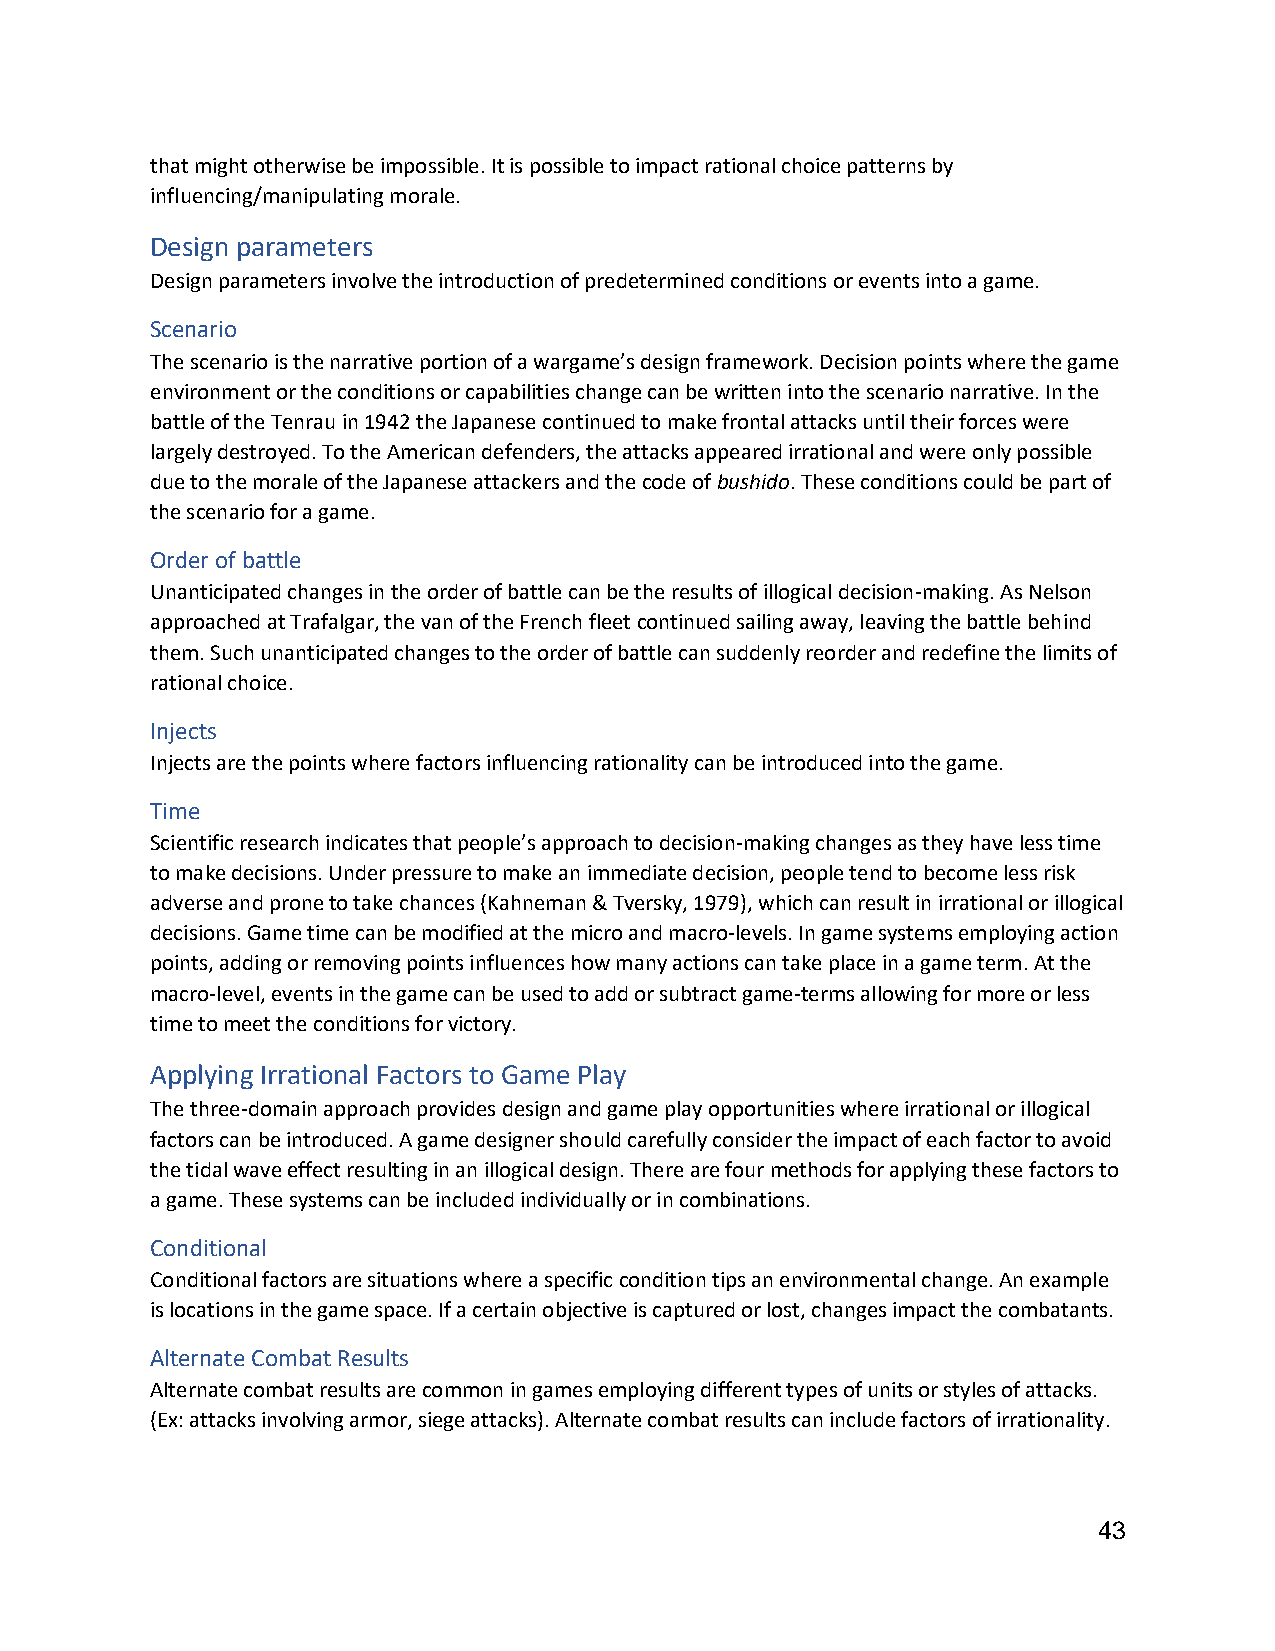
that might otherwise be impossible. It is possible to impact rational choice patterns by
 influencing/manipulating morale.
 Design parameters
 Design parameters involve the introduction of predetermined conditions or events into a game.
 Scenario
 The scenario is the narrative portion of a wargame’s design framework. Decision points where the game
 environment or the conditions or capabilities change can be written into the scenario narrative. In the
 battle of the Tenrau in 1942 the Japanese continued to make frontal attacks until their forces were
 largely destroyed. To the American defenders, the attacks appeared irrational and were only possible
 due to the morale of the Japanese attackers and the code of bushido. These conditions could be part of
 the scenario for a game.
 Order of battle
 Unanticipated changes in the order of battle can be the results of illogical decision-making. As Nelson
 approached at Trafalgar, the van of the French fleet continued sailing away, leaving the battle behind
 them. Such unanticipated changes to the order of battle can suddenly reorder and redefine the limits of
 rational choice.
 Injects
 Injects are the points where factors influencing rationality can be introduced into the game.
 Time
 Scientific research indicates that people’s approach to decision-making changes as they have less time
 to make decisions. Under pressure to make an immediate decision, people tend to become less risk
 adverse and prone to take chances (Kahneman & Tversky, 1979), which can result in irrational or illogical
 decisions. Game time can be modified at the micro and macro-levels. In game systems employing action
 points, adding or removing points influences how many actions can take place in a game term. At the
 macro-level, events in the game can be used to add or subtract game-terms allowing for more or less
 time to meet the conditions for victory.
 Applying Irrational Factors to Game Play
 The three-domain approach provides design and game play opportunities where irrational or illogical
 factors can be introduced. A game designer should carefully consider the impact of each factor to avoid
 the tidal wave effect resulting in an illogical design. There are four methods for applying these factors to
 a game. These systems can be included individually or in combinations.
 Conditional
 Conditional factors are situations where a specific condition tips an environmental change. An example
 is locations in the game space. If a certain objective is captured or lost, changes impact the combatants.
 Alternate Combat Results
 Alternate combat results are common in games employing different types of units or styles of attacks.
 (Ex: attacks involving armor, siege attacks). Alternate combat results can include factors of irrationality.
 43